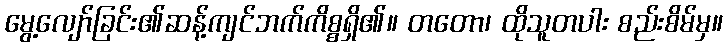
မွေ့လျော်ခြင်း၏ဆန့်ကျင်ဘက်ကိစ္စရှိ၏။ တတော၊ ထိုသူတပါး စည်းစိမ်မှ။